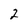
Character: 2